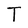
Character: T